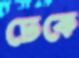
ঢেকে